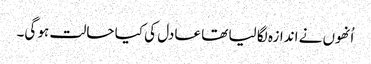
اُنھوں نے اندازہ لگا لیا تھا عادل کی کیا حالت ہو گی۔